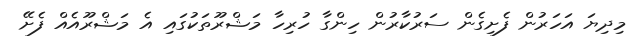
މިދިޔަ އަހަރުން ފެށިގެން ސަރުކާރުން ހިންގާ ހުރިހާ މަޝްރޫތަކުގައި އެ މަޝްރޫއެއް ފެށޭ